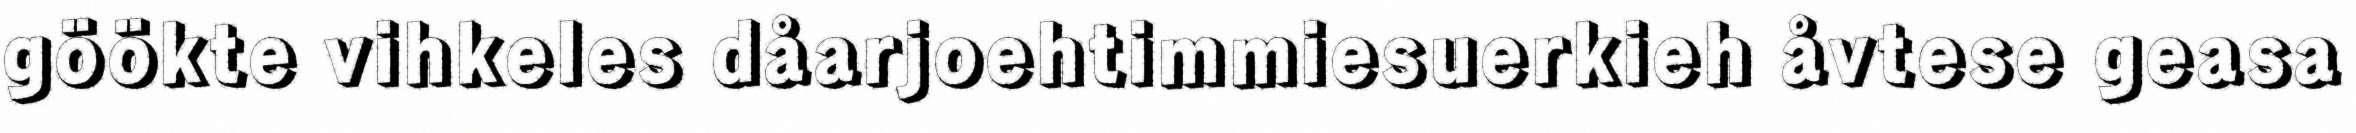
göökte vihkeles dåarjoehtimmiesuerkieh åvtese geasa